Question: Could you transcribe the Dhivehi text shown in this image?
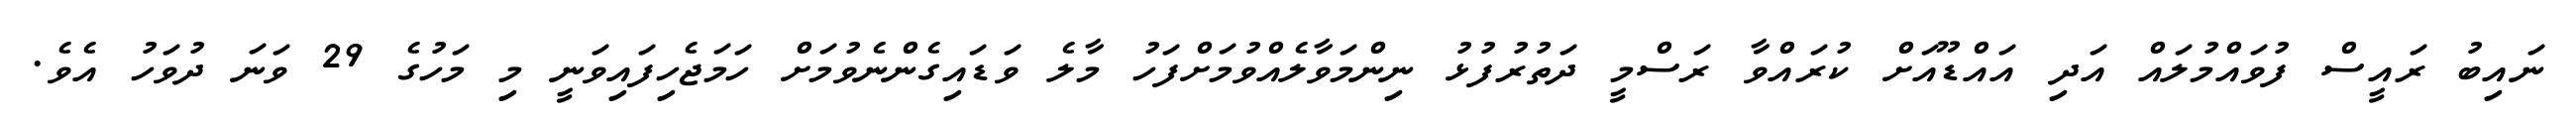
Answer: ނައިބު ރައީސް ފުވައްމުލައް އަދި އައްޑޫއަށް ކުރައްވާ ރަސްމީ ދަތުރުފުޅު ނިންމަވާލެއްވުމަށްފަހު މާލެ ވަޑައިގެންނެވުމަށް ހަމަޖެހިފައިވަނީ މި މަހުގެ 29 ވަނަ ދުވަހު އެވެ.